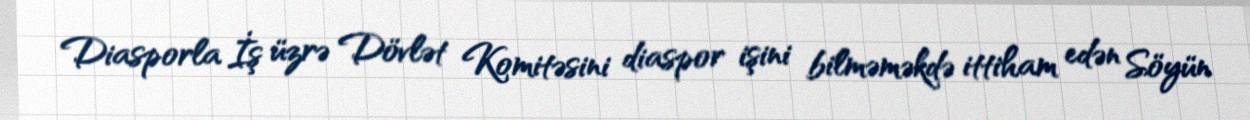
Diasporla İş üzrə Dövlət Komitəsini diaspor işini bilməməkdə ittiham edən Söyün